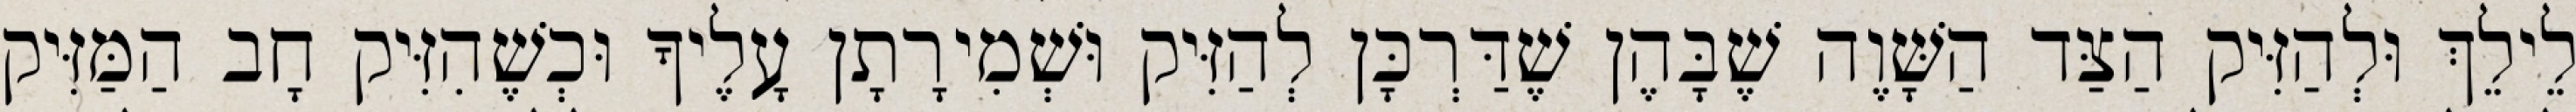
לֵילֵךְ וּלְהַזִּיק הַצַּד הַשָּׁוֶה שֶׁבָּהֶן שֶׁדַּרְכָּן לְהַזִּיק וּשְׁמִירָתָן עָלֶיךָ וּכְשֶׁהִזִּיק חָב הַמַּזִּיק